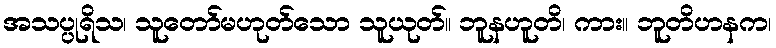
အသပ္ပုရိသ၊ သူတော်မဟုတ်သော သူယုတ်။ ဘူနဟူတိ၊ ကား။ ဘူတိဟနက၊